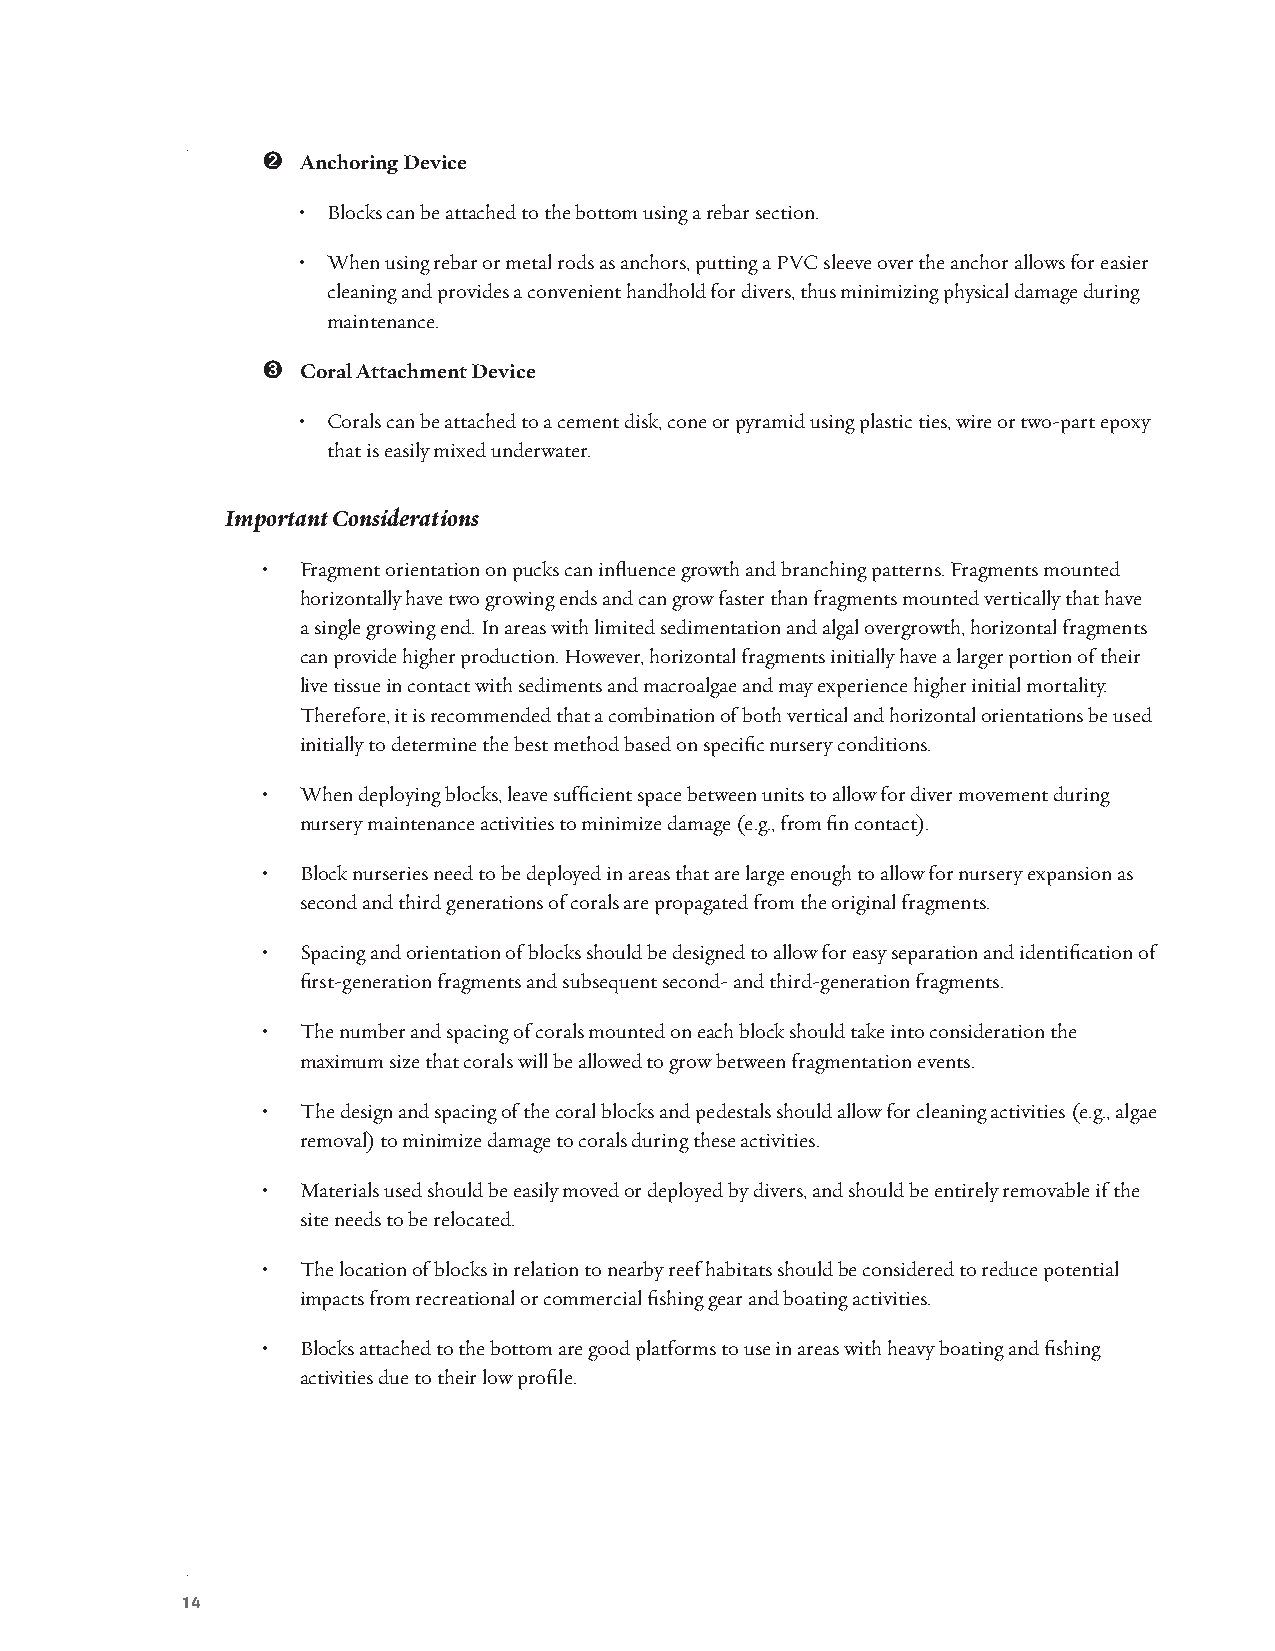
➋  Anchoring Device
 • Blocks can be attached to the bottom using a rebar section.
 • When using rebar or metal rods as anchors, putting a PVC sleeve over the anchor allows for easier
 cleaning and provides a convenient handhold for divers, thus minimizing physical damage during
 maintenance.
 ➌  Coral Attachment Device
 • Corals can be attached to a cement disk, cone or pyramid using plastic ties, wire or two-part epoxy
 that is easily mixed underwater.
 Important Considerations
 •  Fragment orientation on pucks can influence growth and branching patterns. Fragments mounted
 horizontally have two growing ends and can grow faster than fragments mounted vertically that have
 a single growing end. In areas with limited sedimentation and algal overgrowth, horizontal fragments
 can provide higher production. However, horizontal fragments initially have a larger portion of their
 live tissue in contact with sediments and macroalgae and may experience higher initial mortality.
 Therefore, it is recommended that a combination of both vertical and horizontal orientations be used
 initially to determine the best method based on specific nursery conditions.
 •  When deploying blocks, leave sufficient space between units to allow for diver movement during
 nursery maintenance activities to minimize damage (e.g., from fin contact).
 •  Block nurseries need to be deployed in areas that are large enough to allow for nursery expansion as
 second and third generations of corals are propagated from the original fragments.
 •  Spacing and orientation of blocks should be designed to allow for easy separation and identification of
 first-generation fragments and subsequent second- and third-generation fragments.
 •  The number and spacing of corals mounted on each block should take into consideration the
 maximum size that corals will be allowed to grow between fragmentation events.
 •  The design and spacing of the coral blocks and pedestals should allow for cleaning activities (e.g., algae
 removal) to minimize damage to corals during these activities.
 •  Materials used should be easily moved or deployed by divers, and should be entirely removable if the
 site needs to be relocated.
 •  The location of blocks in relation to nearby reef habitats should be considered to reduce potential
 impacts from recreational or commercial fishing gear and boating activities.
 •  Blocks attached to the bottom are good platforms to use in areas with heavy boating and fishing
 activities due to their low profile.
 14